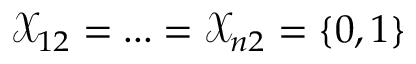
\mathcal { X } _ { 1 2 } = . . . = \mathcal { X } _ { n 2 } = \{ 0 , 1 \}